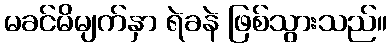
မခင်မိမျက်နှာ ရဲခနဲ ဖြစ်သွားသည်။